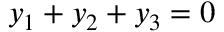
y _ { 1 } + y _ { 2 } + y _ { 3 } = 0